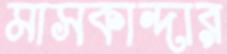
মাসকান্দার